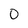
Character: 0